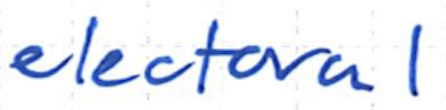
Text: electoral
Cross-out: clean
Writing tool: ballpoint